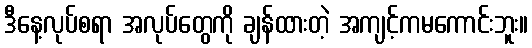
ဒီနေ့လုပ်စရာ အလုပ်တွေကို ချန်ထားတဲ့ အကျင့်ကမကောင်းဘူး။